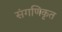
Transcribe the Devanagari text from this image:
संगणिकृत